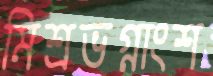
মিশ্রভগ্নাংশ